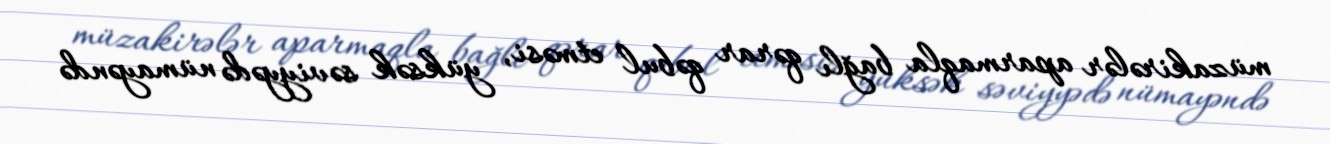
müzakirələr aparmaqla bağlı qərar qəbul etməsi, yüksək səviyyədə nümayəndə